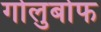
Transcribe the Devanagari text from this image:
गोलुबोफ